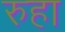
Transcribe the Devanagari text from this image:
रुहा